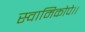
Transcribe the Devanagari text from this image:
स्वामिकोपे।।